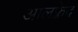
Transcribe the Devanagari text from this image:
आलफ़्रेद